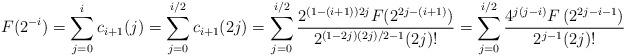
LaTeX: \begin{align*}F(2^{-i}) = \sum_{j=0}^i c_{i+1}(j) = \sum_{j=0}^{i/2} c_{i+1}(2 j) =\sum_{j=0}^{i/2} \frac{2^{(1-(i+1)) 2j} F(2^{2 j-(i+1)})}{2^{(1-2 j)(2 j)/2-1} (2 j)!} = \sum _{j=0}^{i/2} \frac{4^{j (j-i)} F\left(2^{2 j-i-1}\right)}{2^{j-1} (2 j)!}\end{align*}